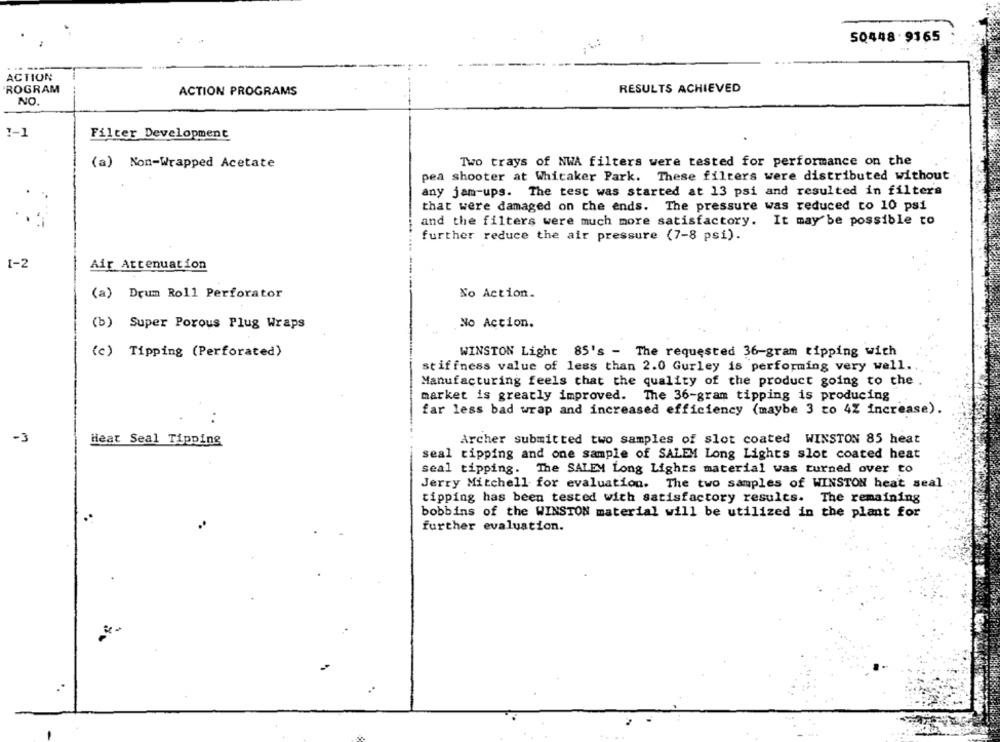
50448 -9165
ACTION
ROGRAM
RESULTS ACHIEVED
ACTION PROGRAMS
NO.
1-1
Filter Development
Two trays of NWA filters were tested for performance on the
(a) Non-Wrapped Acetate
pea shooter at Whitaker Park. These filters were distributed without
any jam-ups. The test was started at 13 psi and resulted in filters
that were damaged on the ends. The pressure was reduced to 10 psi
and the filters were much more satisfactory. It may be possible to
further reduce the air pressure (7-8 psi).
1-2
Air Attenuation
(a) Drum Roll Perforator
No Action.
(b) Super Porous Plug Wraps
No Action.
(c) Tipping (Perforated)
WINSTON Light 85's - The requested 36-gram tipping with
stiffness value of less than 2.0 Gurley is performing very well.
Manufacturing feels that the quality of the product going to the
market is greatly improved. The 36-gram tipping is producing
far less bad wrap and increased efficiency (maybe 3 to 4% increase).
-3
Heat Seal Tipping
Archer submitted two samples of slot coated WINSTON 85 heat
seal tipping and one sample of SALEM Long Lights slot coated heat
seal tipping. The SALEM Long Lights material was turned over to
Jerry Mitchell for evaluation. The two samples of WINSTON heat seal
tipping has been tested with satisfactory results. The remaining
bobbins of the WINSTON material will be utilized in the plant for
further evaluation.